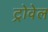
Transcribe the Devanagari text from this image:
ट्रोवेल